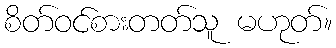
စိတ်ဝင်စားတတ်သူ မဟုတ်။